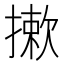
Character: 摗